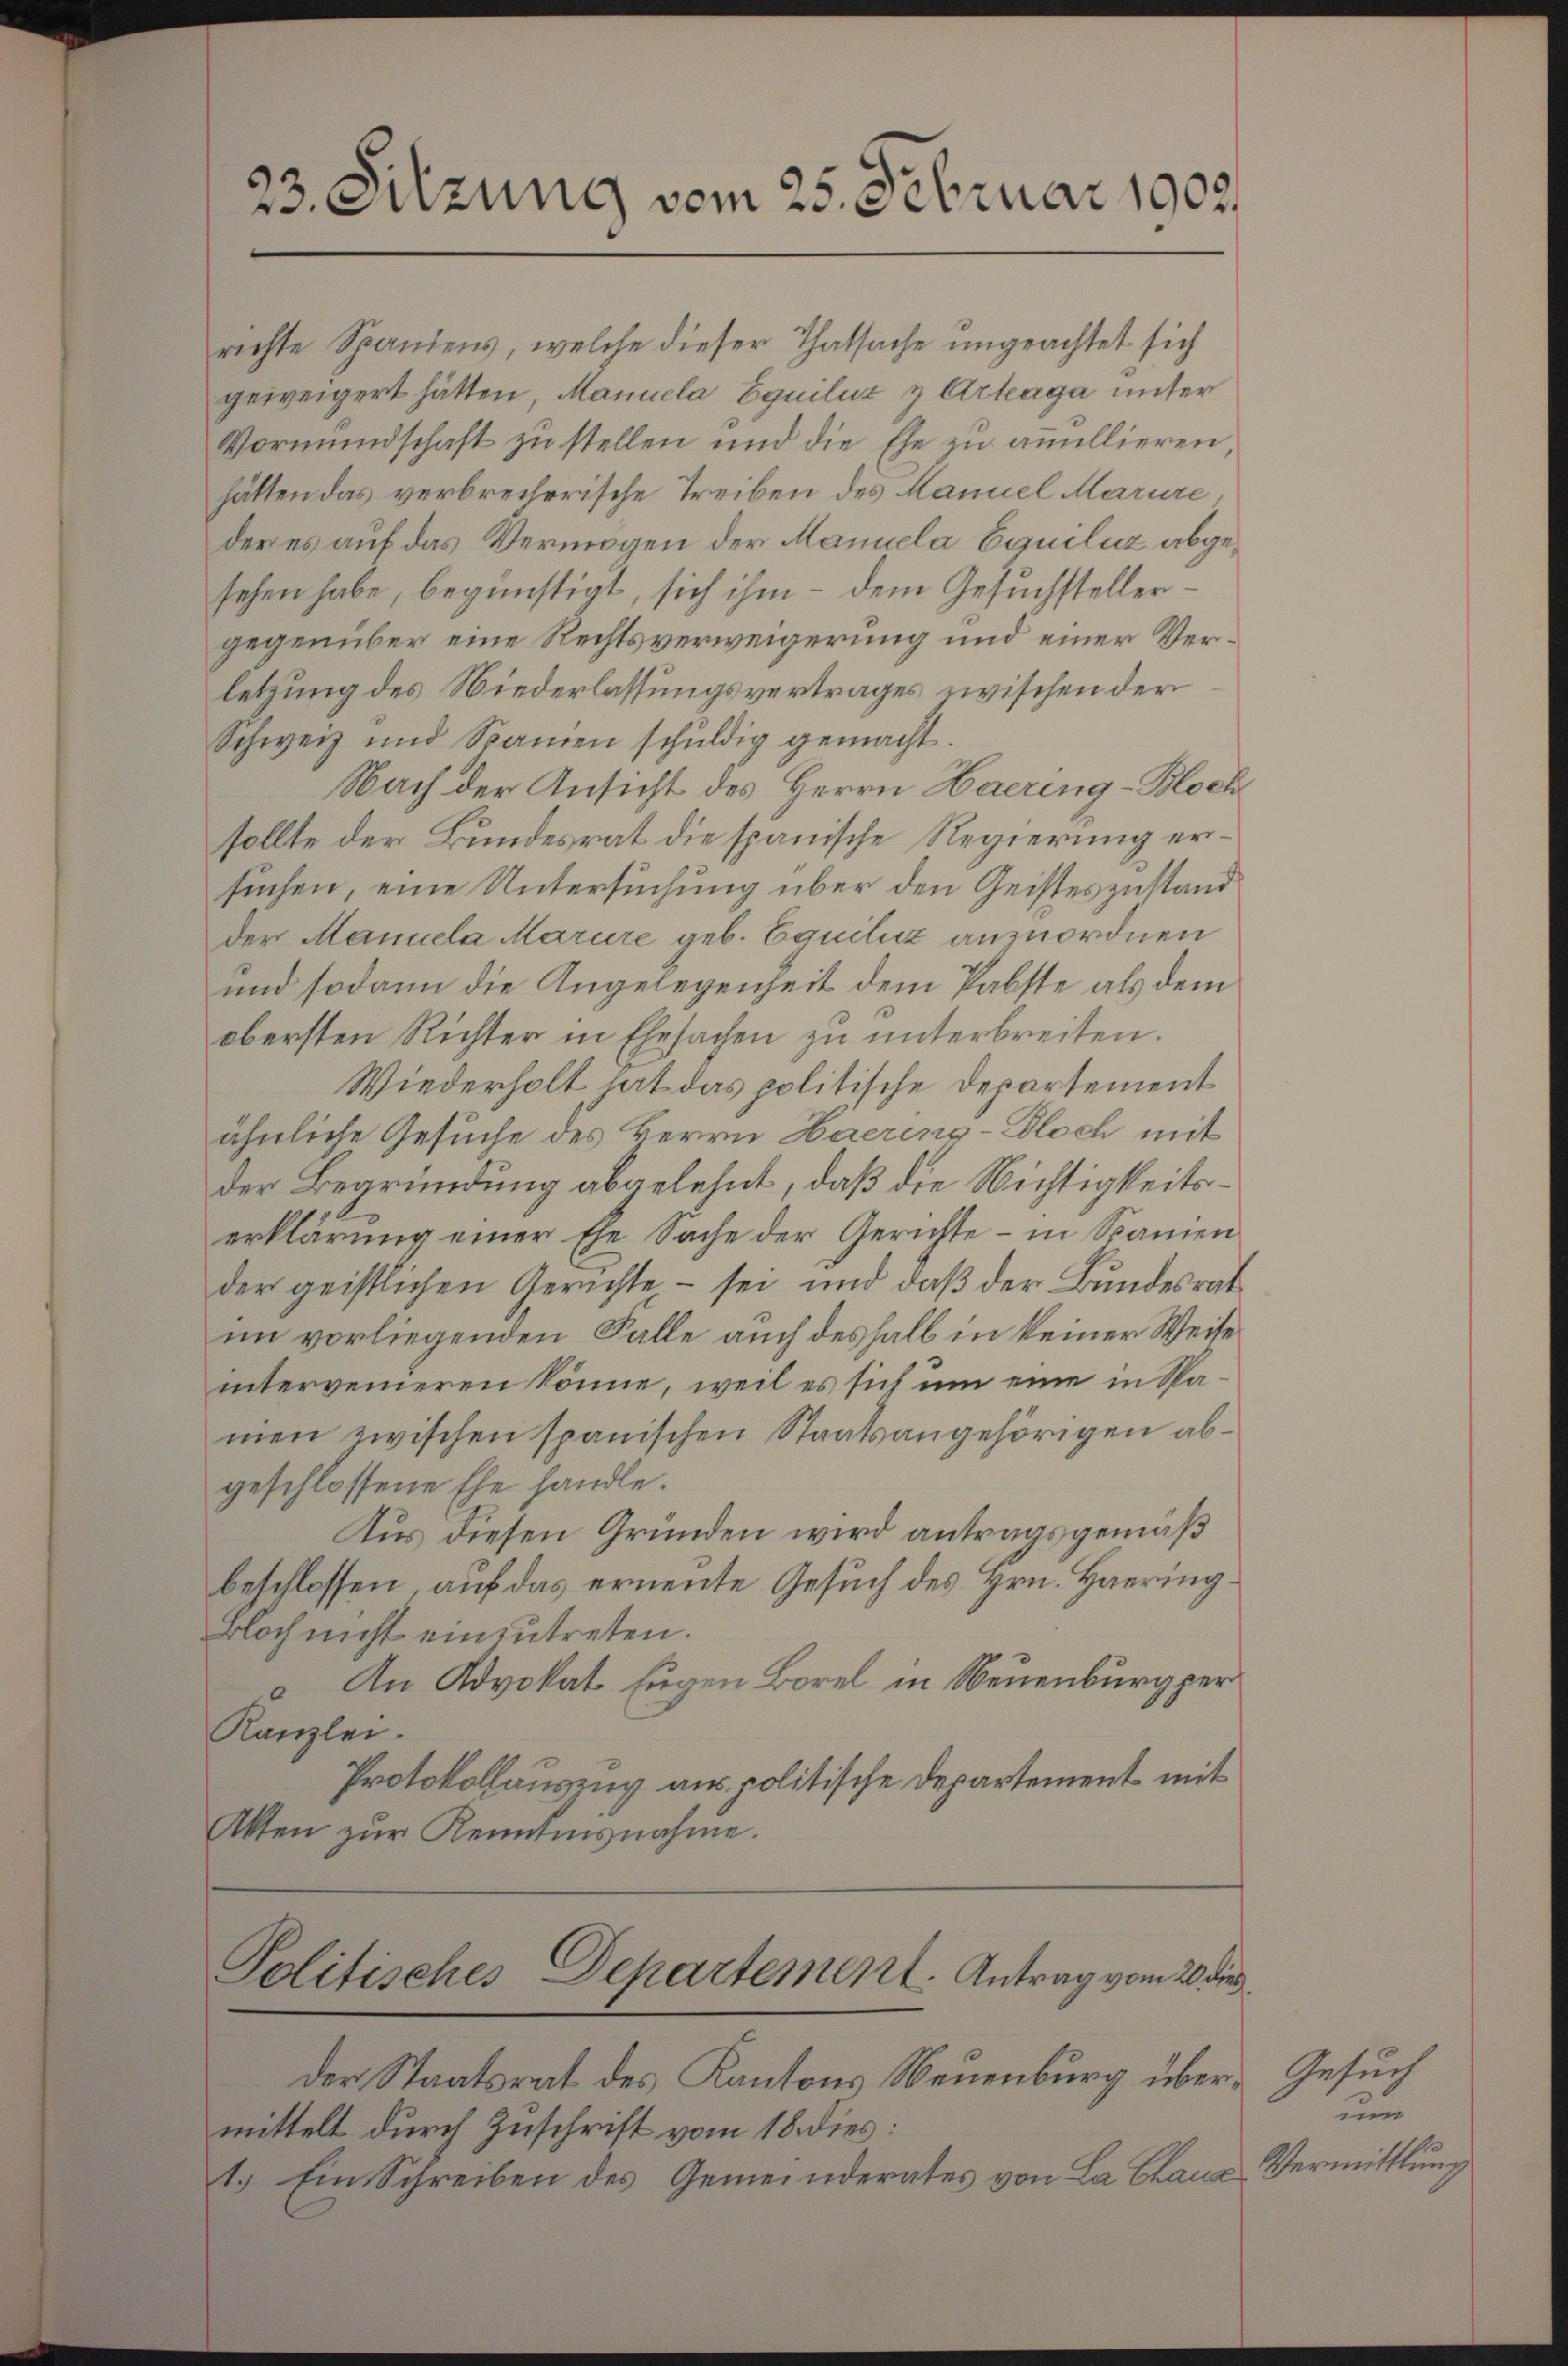
23. Sitzung vom 25. Februar 1903.

richte Spaniens, welche dieser Thatsache ungeachtet sich
geweigert hätten, Manuela Equiliz & Arteaga unter
Vormundschaft zu stellen und die Ehe zu amillieren,
hätten das verbrecherische Treiben des Maniel Marure
der es auf das Vermögen der Maniela Equiluz abgesehen habe, begünstigt, sich ihm – dem Gesuchstellergegenüber eine Rechtsverweigerung und einer Verletzung des Niederlassungsvertrages zwischen der
Schweiz und Namen schŭldig gemacht.
Nach der Ansicht des Herrn Haering-Bloch
sollte der Bundesrat die spanische Regierung ersuchen, eine Untersuchung über den Geisteszustand
der Manuela Marure geb. Equilii anzuordnen
und sodann die Angelegenheit dem Pabste als dem
obersten Richter in Ehesachen zu unterbreiten.
Wiederholt hat das politische Departement
ähnliche Gesuche des Herrn Haering-Bloch mit
der Begründung abgelehnt, daß die Nichtigkeitserklärung einer Ehe Sache der Gerichte – in Spanien
der geistlichen Gerichte – sei und daß der Bundesrat
im vorliegenden Falle auch deshalb in keiner Weite
intervenieren könne, weil es sich um eine in Samen zwischen spanischen Staatsangehörigen abgeschlossene Ehe handle.
Aus diesen Gründen wird antragsgemäß
beschlossen auf das erneute Gesuch des Hrn. Haering¬
Bloch nicht einzutreten.
An Advokat Eugen Borel in Neuenburg per
Kanzlei.
Protokollauszug aus politische Departement mit
Akten zŭr Kenntnisnahme.

Politisches Departement. Antrag vom 20. die

Der Staatsrat des Kantons Neuenburg übermittelt durch Zuschrift vom 18. dies:
1.) Ein Schreiben des Gemeinderates von La Chauz

Gesuch
und
Vermittlung